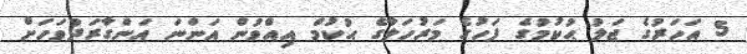
5 އަހަރުގެ ޖަލު ޙުކުމުގެ ފަހުގެ މަރުހަލާގެ ޙުކުމް އިއްވުން އަންނަ އަންގާރަދުވަހަށް